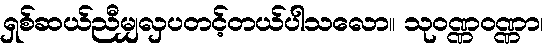
ရှစ်ဆယ်ညီမျှလှပတင့်တယ်ပါသလော။ သုဝဏ္ဏဝဏ္ဏာ၊